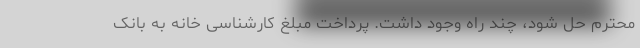
محترم حل شود، چند راه وجود داشت. پرداخت مبلغ کارشناسی خانه به بانک